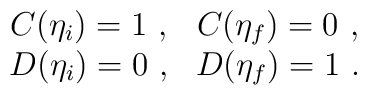
\begin{array}{cc}C(\eta_i) = 1~, & C(\eta_f) = 0~, \nonumber \\D(\eta_i) = 0~, & D(\eta_f) = 1~. \end{array}